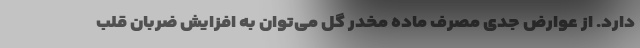
دارد. از عوارض جدی مصرف ماده مخدر گل می‌توان به افزایش ضربان قلب